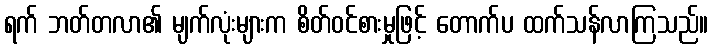
ရက် ဘတ်တလာ၏ မျက်လုံးများက စိတ်ဝင်စားမှုဖြင့် တောက်ပ ထက်သန်လာကြသည်။